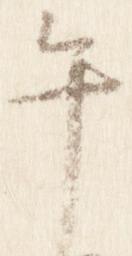
午